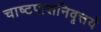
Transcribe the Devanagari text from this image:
चाष्टपाशनिवृत्तये